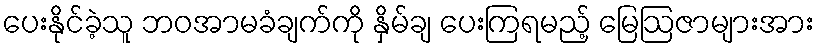
ပေးနိုင်ခဲ့သူ ဘဝအာမခံချက်ကို နှိမ်ချ ပေးကြရမည့် မြေဩဇာများအား